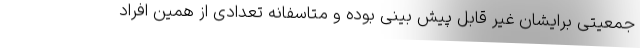
جمعیتی برایشان غیر قابل پیش بینی بوده و متاسفانه تعدادی از همین افراد